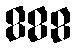
888